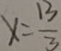
x = \frac { 1 3 } { 3 }